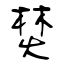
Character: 焚